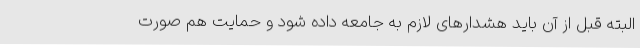
البته قبل از آن باید هشدارهای لازم به جامعه داده شود و حمایت هم صورت